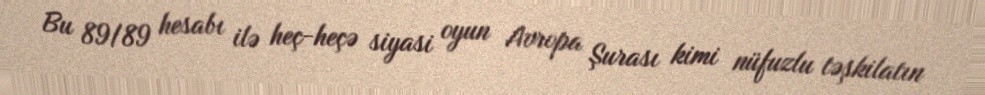
Bu 89/89 hesabı ilə heç-heçə siyasi oyun Avropa Şurası kimi nüfuzlu təşkilatın